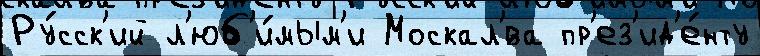
Ру́сск'ий л'юб'и́мым'и Москал'́ва пр'ез'ид'е́нту